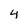
Character: 4